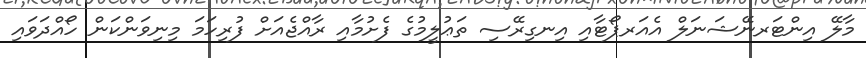
މާލޭ އިންޓަރނޭޝަނަލް އެއަރޕޯޓާއި އިނގިރޭސި ތަޢުލީމުގެ ފެށުމާއި ރާއްޖެއަށް ފުރިހަމަ މިނިވަންކަން ހޯއްދަވައި